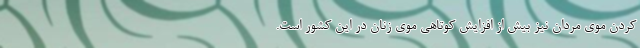
کردن موی مردان نیز بیش از افزایش کوتاهی موی زنان در این کشور است.